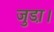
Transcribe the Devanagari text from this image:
जुडा़।